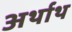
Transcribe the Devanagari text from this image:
अर्थाथ